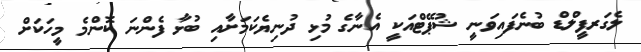
ލެގަރފީލްޑް ބުނެފައިވަނީ ޝުޕޭޓްއަކީ އެނާގެ މުޅި ދުނިޔެކަމަށާއި ބުޅާ ފެންނަ ކޮންމެ މީހަކަށް